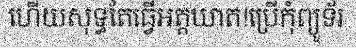
ហើយសុទ្ធតែធ្វើអត្តឃាត!ប្រើកុំព្យូទ័រ